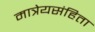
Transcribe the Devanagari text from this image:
मात्रेयसंहिता